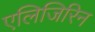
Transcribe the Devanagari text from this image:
एलिजिरिन